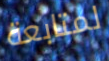
لمتابعة